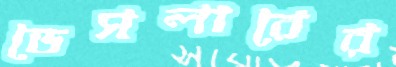
ডেসলারের